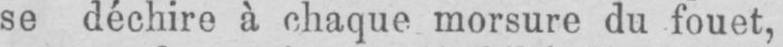
se déchire à chaque morsure du fouet,